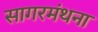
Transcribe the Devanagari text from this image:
सागरमंथना